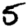
Digit: 5